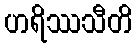
ဟရိဿသီတိ